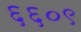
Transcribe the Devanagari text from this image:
६६०९